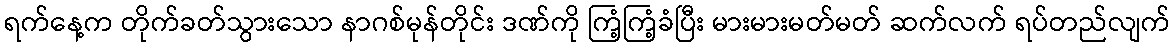
ရက်နေ့က တိုက်ခတ်သွားသော နာဂစ်မုန်တိုင်း ဒဏ်ကို ကြံ့ကြံ့ခံပြီး မားမားမတ်မတ် ဆက်လက် ရပ်တည်လျက်